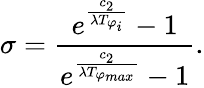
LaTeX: \sigma=\frac{e^{\frac{c_{2}}{\lambda T_{\varphi_{i}}}}-1}{e^{\frac{c_{2}}{\lambda T_{\varphi_{max}}}}-1}\mathrm{.}